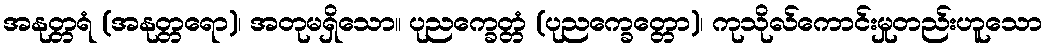
အနုတ္တရံ (အနုတ္တရော)၊ အတုမရှိသော။ ပုညက္ခေတ္တံ (ပုညက္ခေတ္တော)၊ ကုသိုလ်ကောင်းမှုတည်းဟူသော